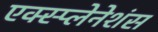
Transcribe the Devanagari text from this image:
एक्स्प्लेनेशंस